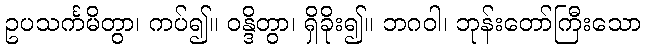
ဥပသင်္ကမိတွာ၊ ကပ်၍။ ဝန္ဒိတွာ၊ ရှိခိုး၍။ ဘဂဝါ၊ ဘုန်းတော်ကြီးသော